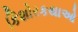
કિશોરકથાઓ